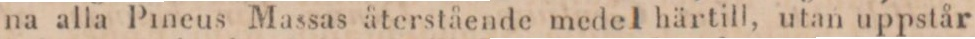
na alla Pineus Massas återstående medel härtill, utan uppstår